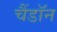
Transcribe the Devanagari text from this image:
चैंडॉन